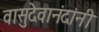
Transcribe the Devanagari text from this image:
वासुदेवानंदांनी